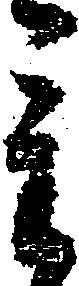
重